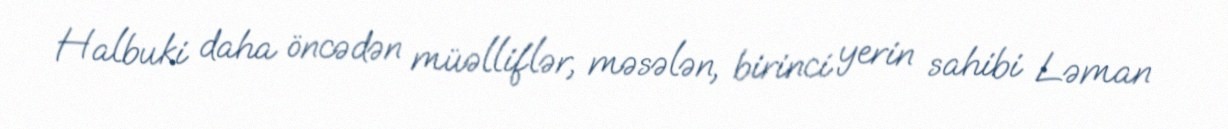
Halbuki daha öncədən müəlliflər, məsələn, birinci yerin sahibi Ləman